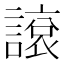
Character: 䜇